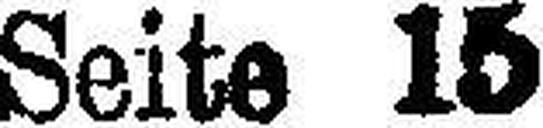
Seite 15